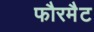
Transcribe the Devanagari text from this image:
फौरमैट